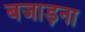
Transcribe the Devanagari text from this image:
बजाड़ना